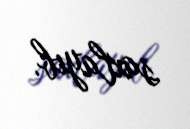
saxlayıb.